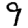
Digit: 9